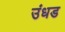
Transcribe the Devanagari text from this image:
उंधड